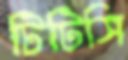
টিটিসি